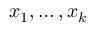
x _ { 1 } , \dots , x _ { k }